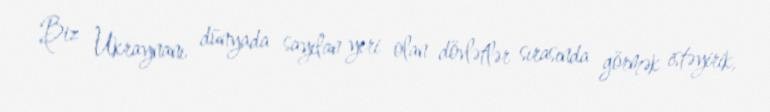
Biz Ukraynanı dünyada sayılan yeri olan dövlətlər sırasında görmək istəyirik,